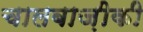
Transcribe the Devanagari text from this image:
चालबाज़ीकी